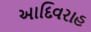
આદિવરાહ